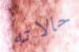
حالاته